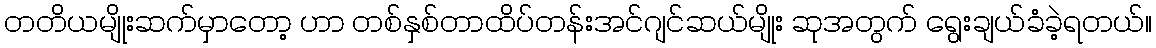
တတိယမျိုးဆက်မှာတော့ ဟာ တစ်နှစ်တာထိပ်တန်းအင်ဂျင်ဆယ်မျိုး ဆုအတွက် ရွေးချယ်ခံခဲ့ရတယ်။